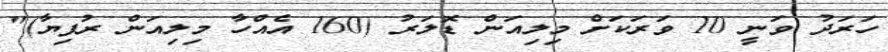
ހަރަދު ވަނީ 10 ވަރަކަށް މިލިއަން ޑޮލަރު (160 އެއްހާ މިލިއަން ރުފިޔާ)"